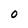
Character: O